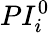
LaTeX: PI_{i}^{0}